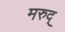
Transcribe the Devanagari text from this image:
मरुद्